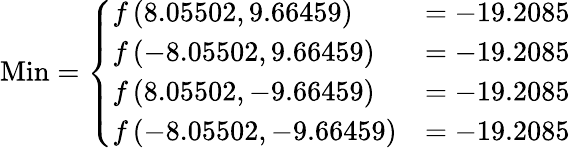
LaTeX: {\mathrm{Min}}={\left\{ \begin{array}{ll}{f\left(8.05502,9.66459\right)}&{=-19.2085}\\ {f\left(-8.05502,9.66459\right)}&{=-19.2085}\\ {f\left(8.05502,-9.66459\right)}&{=-19.2085}\\ {f\left(-8.05502,-9.66459\right)}&{=-19.2085}\end{array}\right.}